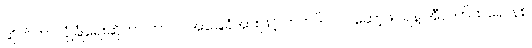
ဆိုက်ဘာလုံခြုံရေးဆိုတာ ဘာလဲ အခြေခံအားဖြင့် ဟတ်ဒ်ဝဲလ်၊ ဆော့ဖ်ဝဲရ်နဲ့ အီလက်ထရောနစ်